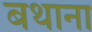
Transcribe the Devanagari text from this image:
बथाना